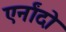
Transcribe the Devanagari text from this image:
एर्नांदो